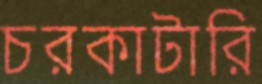
চরকাটারি